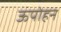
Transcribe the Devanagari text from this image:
ऊपोहन